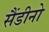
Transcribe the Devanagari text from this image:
सैंडीनो